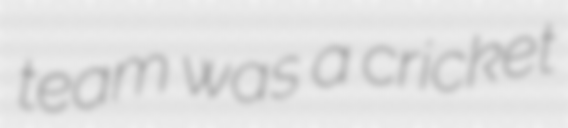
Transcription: team was a cricket